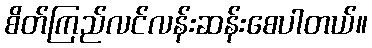
စိတ်ကြည်လင်လန်းဆန်းစေပါတယ်။